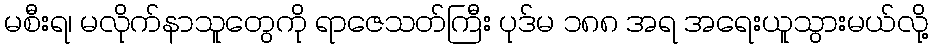
မစီးရ၊ မလိုက်နာသူတွေကို ရာဇေသတ်ကြီး ပုဒ်မ ၁၈၈ အရ အရေးယူသွားမယ်လို့